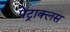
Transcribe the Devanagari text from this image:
पेट्राक्लस